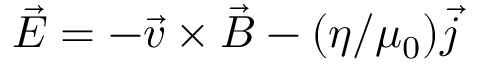
\vec { E } = - \vec { v } \times \vec { B } - ( \eta / \mu _ { 0 } ) \vec { j }